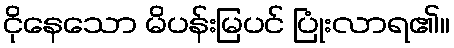
ငိုနေသော မိပန်းမြပင် ပြုံးလာရ၏။